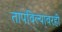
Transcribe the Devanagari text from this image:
तापविल्यावरही